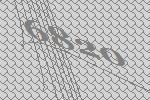
6820